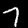
Label: 7